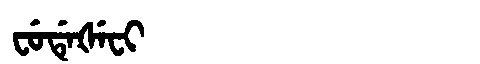
Manchu: ᠸᡠᡩᡝᡧᡝᠸᡳ
Romanization: FUDEŠEFI